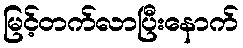
မြင့်တက်လာပြီးနောက်